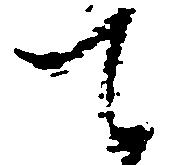
て